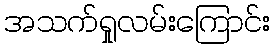
အသက်ရှုလမ်းကြောင်း